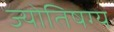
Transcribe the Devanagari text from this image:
ज्योतिषग्य